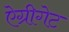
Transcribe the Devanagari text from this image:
ऐग्रीगेट